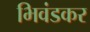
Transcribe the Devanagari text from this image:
भिवंडकर